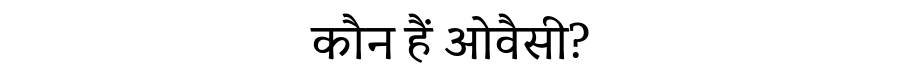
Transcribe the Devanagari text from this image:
कौन हैं ओवैसी?